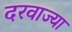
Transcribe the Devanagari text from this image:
दरवाज्या